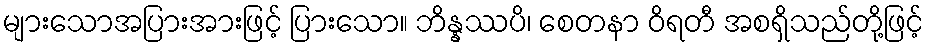
များသောအပြားအားဖြင့် ပြားသော။ ဘိန္နဿပိ၊ စေတနာ ဝိရတီ အစရှိသည်တို့ဖြင့်